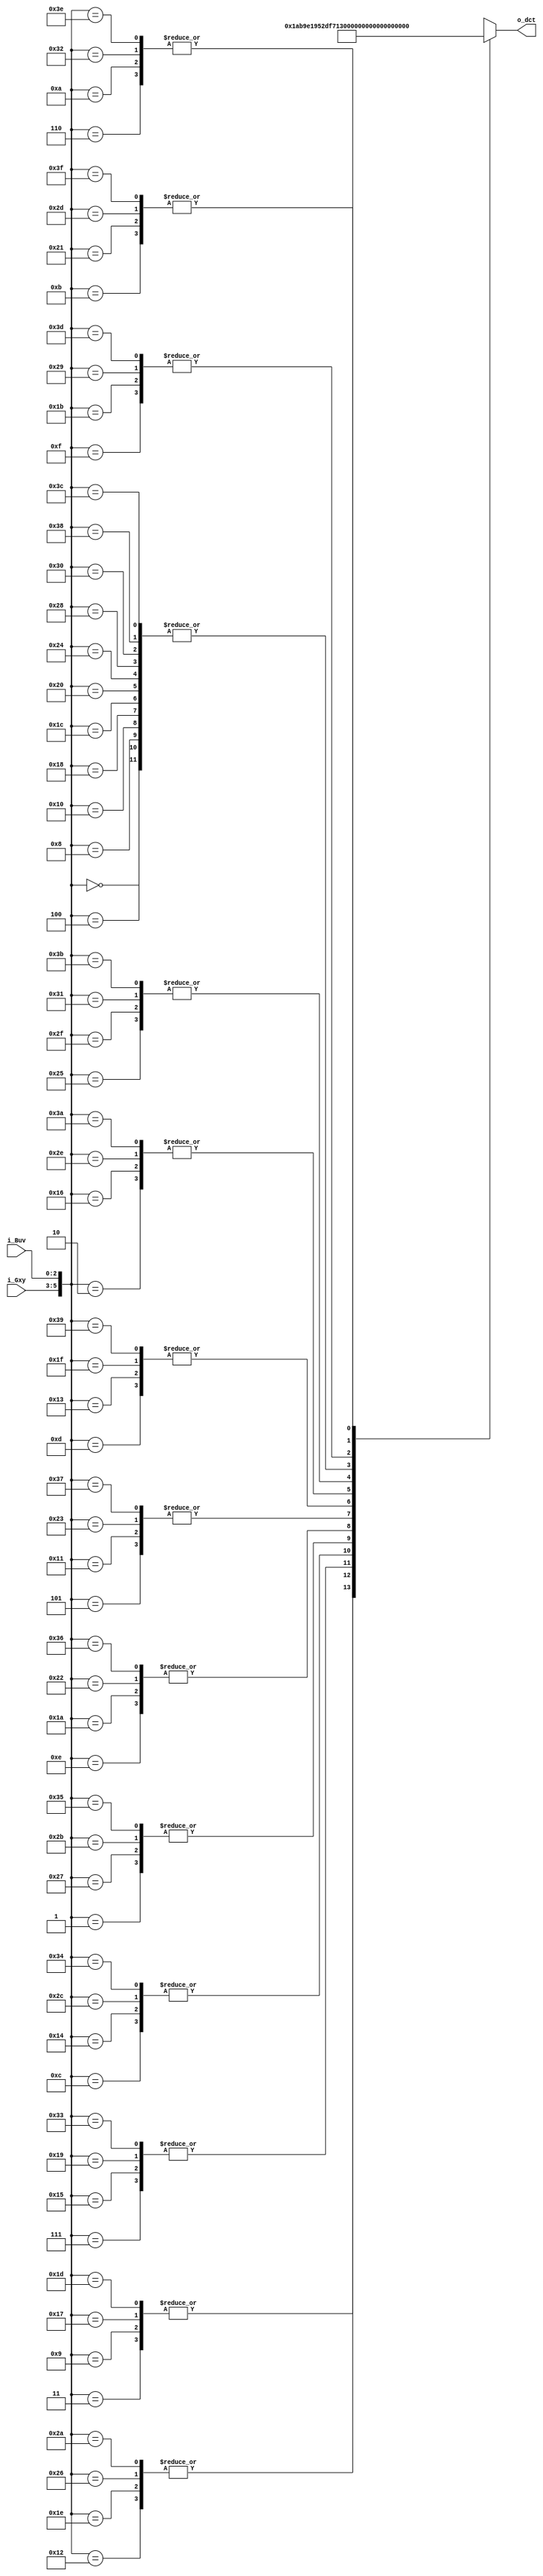
// This program was cloned from: https://github.com/Efinix-Inc/xyloni
// License: MIT License

module dct
(
	input	[2:0]i_Gxy,
	input	[2:0]i_Buv,
	output	[8:0]o_dct
);

wire	[8:0]w_dct[0:63];

wire	[8:0]w_p9807, w_p9238, w_p8314, w_p7071, w_p5555, w_p3826, w_p1950;
wire	[8:0]w_n9807, w_n9238, w_n8314, w_n7071, w_n5555, w_n3826, w_n1950;

assign	w_p9807	= 9'd251;
assign	w_p9238	= 9'd237;
assign	w_p8314	= 9'd213;
assign	w_p7071	= 9'd181;
assign	w_p5555	= 9'd142;
assign	w_p3826	= 9'd98;
assign	w_p1950	= 9'd50;

assign	w_n9807	= ~w_p9807+1'b1;
assign	w_n9238	= ~w_p9238+1'b1;
assign	w_n8314	= ~w_p8314+1'b1;
assign	w_n7071	= ~w_p7071+1'b1;
assign	w_n5555	= ~w_p5555+1'b1;
assign	w_n3826	= ~w_p3826+1'b1;
assign	w_n1950	= ~w_p1950+1'b1;

assign	w_dct[0]	= w_p7071;
assign	w_dct[1]	= w_p9807;
assign	w_dct[2]	= w_p9238;
assign	w_dct[3]	= w_p8314;
assign	w_dct[4]	= w_p7071;
assign	w_dct[5]	= w_p5555;
assign	w_dct[6]	= w_p3826;
assign	w_dct[7]	= w_p1950;

assign	w_dct[8]	= w_p7071;
assign	w_dct[9]	= w_p8314;
assign	w_dct[10]	= w_p3826;
assign	w_dct[11]	= w_n1950;
assign	w_dct[12]	= w_n7071;
assign	w_dct[13]	= w_n9807;
assign	w_dct[14]	= w_n9238;
assign	w_dct[15]	= w_n5555;

assign	w_dct[16]	= w_p7071;
assign	w_dct[17]	= w_p5555;
assign	w_dct[18]	= w_n3826;
assign	w_dct[19]	= w_n9807;
assign	w_dct[20]	= w_n7071;
assign	w_dct[21]	= w_p1950;
assign	w_dct[22]	= w_p9238;
assign	w_dct[23]	= w_p8314;

assign	w_dct[24]	= w_p7071;
assign	w_dct[25]	= w_p1950;
assign	w_dct[26]	= w_n9238;
assign	w_dct[27]	= w_n5555;
assign	w_dct[28]	= w_p7071;
assign	w_dct[29]	= w_p8314;
assign	w_dct[30]	= w_n3826;
assign	w_dct[31]	= w_n9807;

assign	w_dct[32]	= w_p7071;
assign	w_dct[33]	= w_n1950;
assign	w_dct[34]	= w_n9238;
assign	w_dct[35]	= w_p5555;
assign	w_dct[36]	= w_p7071;
assign	w_dct[37]	= w_n8314;
assign	w_dct[38]	= w_n3826;
assign	w_dct[39]	= w_p9807;

assign	w_dct[40]	= w_p7071;
assign	w_dct[41]	= w_n5555;
assign	w_dct[42]	= w_n3826;
assign	w_dct[43]	= w_p9807;
assign	w_dct[44]	= w_n7071;
assign	w_dct[45]	= w_n1950;
assign	w_dct[46]	= w_p9238;
assign	w_dct[47]	= w_n8314;

assign	w_dct[48]	= w_p7071;
assign	w_dct[49]	= w_n8314;
assign	w_dct[50]	= w_p3826;
assign	w_dct[51]	= w_p1950;
assign	w_dct[52]	= w_n7071;
assign	w_dct[53]	= w_p9807;
assign	w_dct[54]	= w_n9238;
assign	w_dct[55]	= w_p5555;

assign	w_dct[56]	= w_p7071;
assign	w_dct[57]	= w_n9807;
assign	w_dct[58]	= w_p9238;
assign	w_dct[59]	= w_n8314;
assign	w_dct[60]	= w_p7071;
assign	w_dct[61]	= w_n5555;
assign	w_dct[62]	= w_p3826;
assign	w_dct[63]	= w_n1950;

assign	o_dct	= w_dct[{i_Gxy, i_Buv}];

endmodule